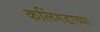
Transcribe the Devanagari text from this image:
कलिंगडाच्या